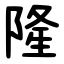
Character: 隆